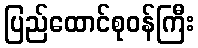
ပြည်ထောင်စုဝန်ကြီး